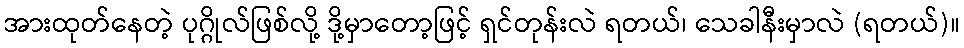
အားထုတ်နေတဲ့ ပုဂ္ဂိုလ်ဖြစ်လို့ ဒို့မှာတော့ဖြင့် ရှင်တုန်းလဲ ရတယ်၊ သေခါနီးမှာလဲ (ရတယ်)။